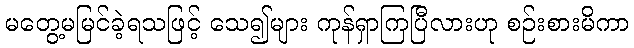
မတွေ့မမြင်ခဲ့ရသဖြင့် သေ၍များ ကုန်ရှာကြပြီလားဟု စဉ်းစားမိကာ